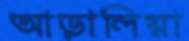
আড়ালিয়া